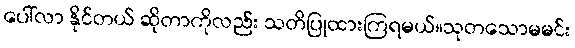
ပေါ်လာ နိုင်တယ် ဆိုတာကိုလည်း သတိပြုထားကြရမယ်။သုတသောမမင်း